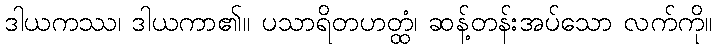
ဒါယကဿ၊ ဒါယကာ၏။ ပသာရိတဟတ္ထံ၊ ဆန့်တန်းအပ်သော လက်ကို။